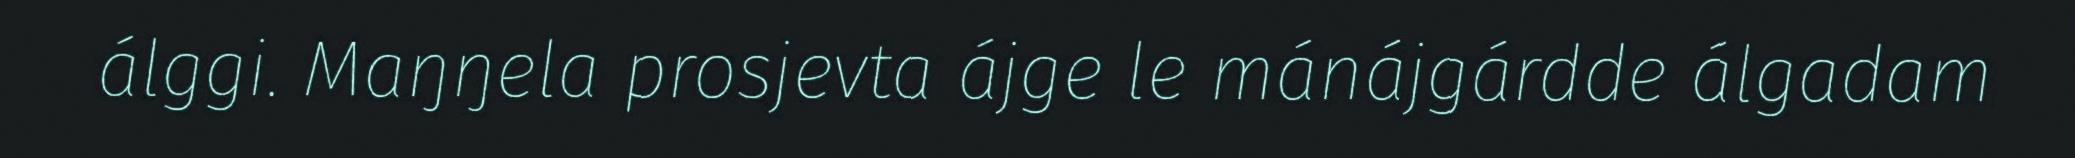
álggi. Maŋŋela prosjevta ájge le mánájgárdde álgadam